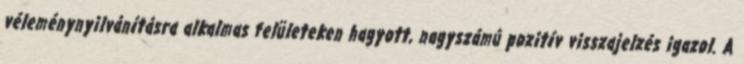
véleménynyilvánításra alkalmas felületeken hagyott, nagyszámú pozitív visszajelzés igazol. A